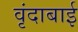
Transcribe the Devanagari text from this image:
वृंदाबाई